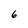
Character: 6